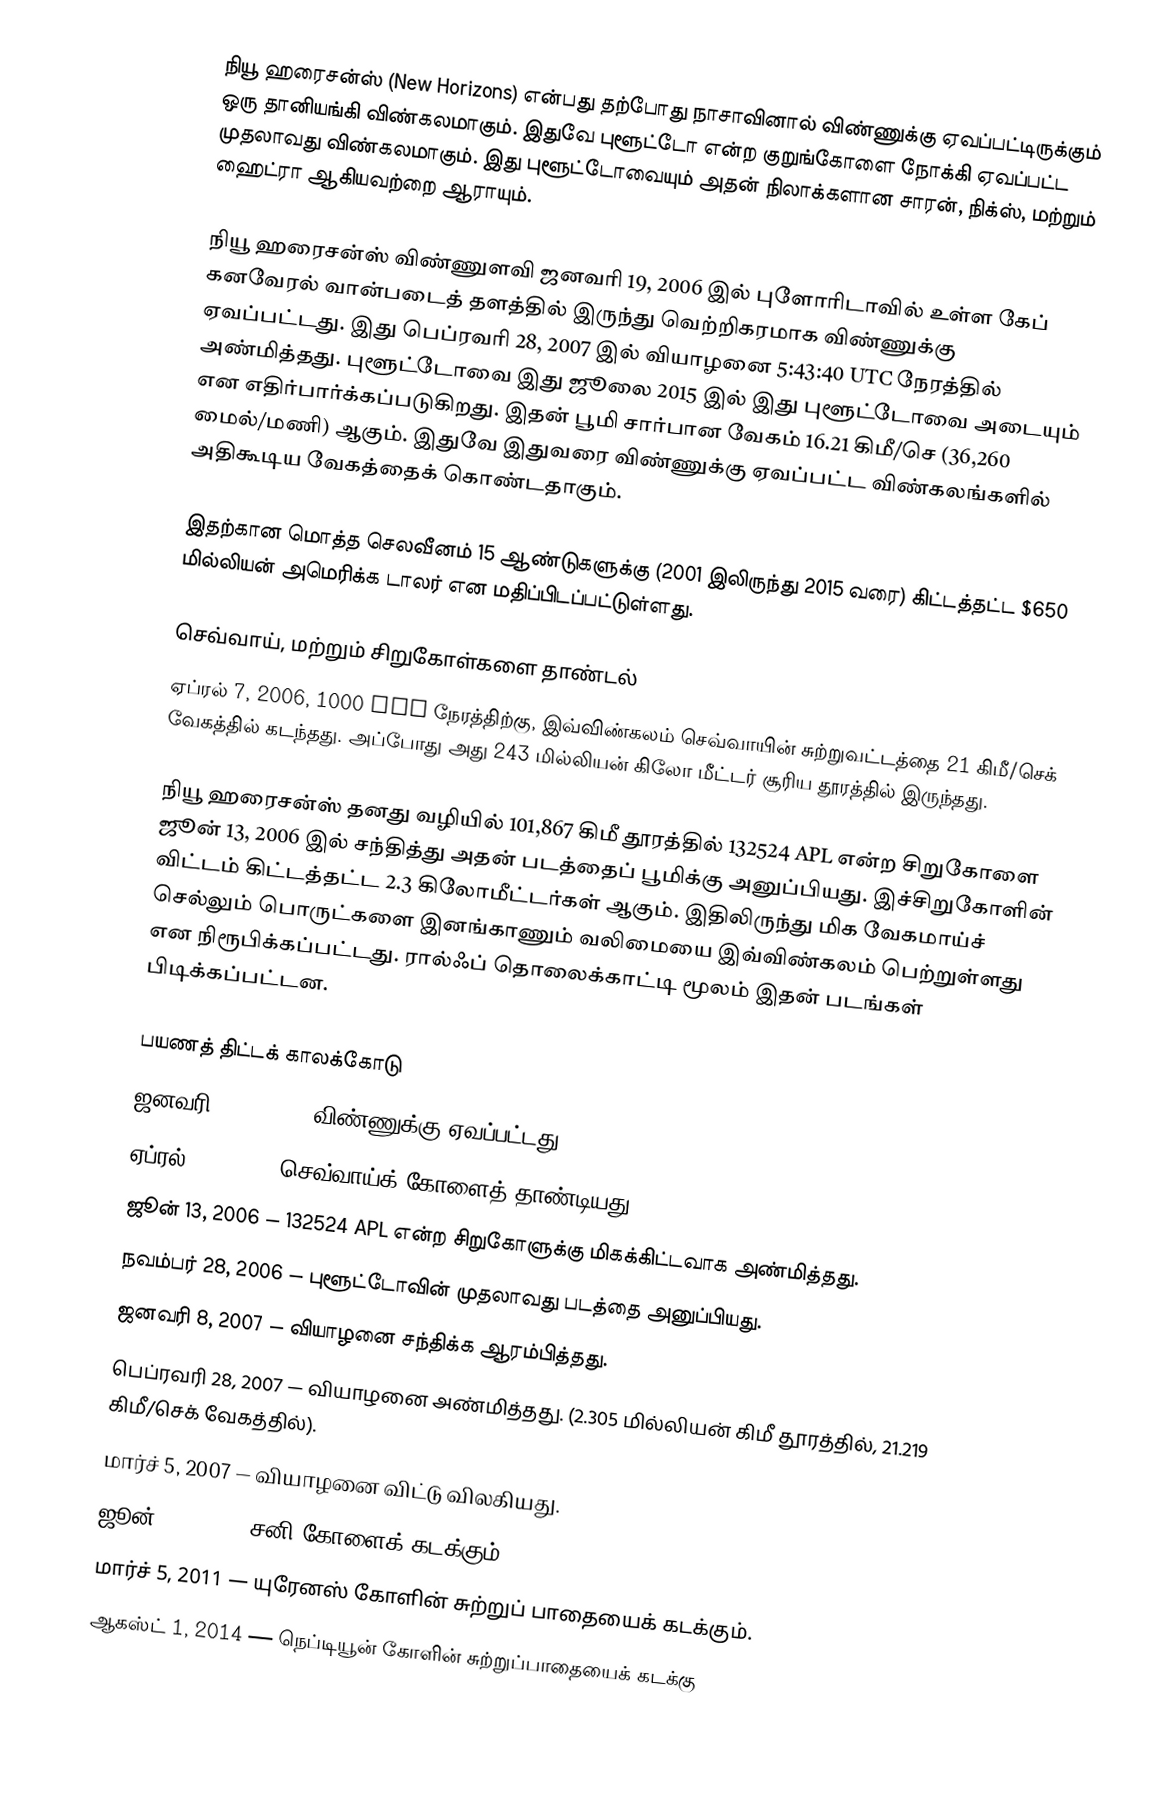
நியூ ஹரைசன்ஸ் (New Horizons) என்பது தற்போது நாசாவினால் விண்ணுக்கு ஏவப்பட்டிருக்கும் ஒரு தானியங்கி விண்கலமாகும். இதுவே புளூட்டோ என்ற குறுங்கோளை நோக்கி ஏவப்பட்ட முதலாவது விண்கலமாகும். இது புளூட்டோவையும் அதன் நிலாக்களான சாரன், நிக்ஸ், மற்றும் ஹைட்ரா ஆகியவற்றை ஆராயும்.

நியூ ஹரைசன்ஸ் விண்ணுளவி ஜனவரி 19, 2006 இல் புளோரிடாவில் உள்ள கேப் கனவேரல் வான்படைத் தளத்தில் இருந்து வெற்றிகரமாக விண்ணுக்கு ஏவப்பட்டது. இது பெப்ரவரி 28, 2007 இல் வியாழனை 5:43:40 UTC நேரத்தில் அண்மித்தது. புளூட்டோவை இது ஜூலை 2015 இல் இது புளூட்டோவை அடையும் என எதிர்பார்க்கப்படுகிறது. இதன் பூமி சார்பான வேகம் 16.21 கிமீ/செ (36,260 மைல்/மணி) ஆகும். இதுவே இதுவரை விண்ணுக்கு ஏவப்பட்ட விண்கலங்களில் அதிகூடிய வேகத்தைக் கொண்டதாகும்.

இதற்கான மொத்த செலவீனம் 15 ஆண்டுகளுக்கு (2001 இலிருந்து 2015 வரை) கிட்டத்தட்ட $650 மில்லியன் அமெரிக்க டாலர் என மதிப்பிடப்பட்டுள்ளது.

செவ்வாய், மற்றும் சிறுகோள்களை தாண்டல்
ஏப்ரல் 7, 2006, 1000 UTC நேரத்திற்கு, இவ்விண்கலம் செவ்வாயின் சுற்றுவட்டத்தை 21 கிமீ/செக் வேகத்தில் கடந்தது. அப்போது அது 243 மில்லியன் கிலோ மீட்டர் சூரிய தூரத்தில் இருந்தது.

நியூ ஹரைசன்ஸ் தனது வழியில் 101,867 கிமீ தூரத்தில் 132524 APL என்ற சிறுகோளை ஜூன் 13, 2006 இல் சந்தித்து அதன் படத்தைப் பூமிக்கு அனுப்பியது. இச்சிறுகோளின் விட்டம் கிட்டத்தட்ட 2.3 கிலோமீட்டர்கள் ஆகும். இதிலிருந்து மிக வேகமாய்ச் செல்லும் பொருட்களை இனங்காணும் வலிமையை இவ்விண்கலம் பெற்றுள்ளது என நிரூபிக்கப்பட்டது. ரால்ஃப் தொலைக்காட்டி மூலம் இதன் படங்கள் பிடிக்கப்பட்டன.

பயணத் திட்டக் காலக்கோடு
 ஜனவரி 19, 2006 — விண்ணுக்கு ஏவப்பட்டது.
 ஏப்ரல் 7, 2006 — செவ்வாய்க் கோளைத் தாண்டியது.
 ஜூன் 13, 2006 — 132524 APL என்ற சிறுகோளுக்கு மிகக்கிட்டவாக அண்மித்தது.
 நவம்பர் 28, 2006 — புளூட்டோவின் முதலாவது படத்தை அனுப்பியது.
 ஜனவரி 8, 2007 — வியாழனை சந்திக்க ஆரம்பித்தது.
 பெப்ரவரி 28, 2007 — வியாழனை அண்மித்தது. (2.305 மில்லியன் கிமீ தூரத்தில், 21.219 கிமீ/செக் வேகத்தில்).
 மார்ச் 5, 2007 — வியாழனை விட்டு விலகியது.
 ஜூன் 9, 2008 — சனி கோளைக் கடக்கும்.
 மார்ச் 5, 2011 — யுரேனஸ் கோளின் சுற்றுப் பாதையைக் கடக்கும்.
 ஆகஸ்ட் 1, 2014 — நெப்டியூன் கோளின் சுற்றுப்பாதையைக் கடக்கு